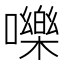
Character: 嚛